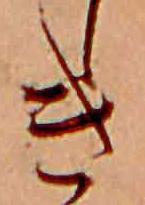
き